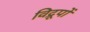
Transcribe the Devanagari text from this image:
विद्रूपों